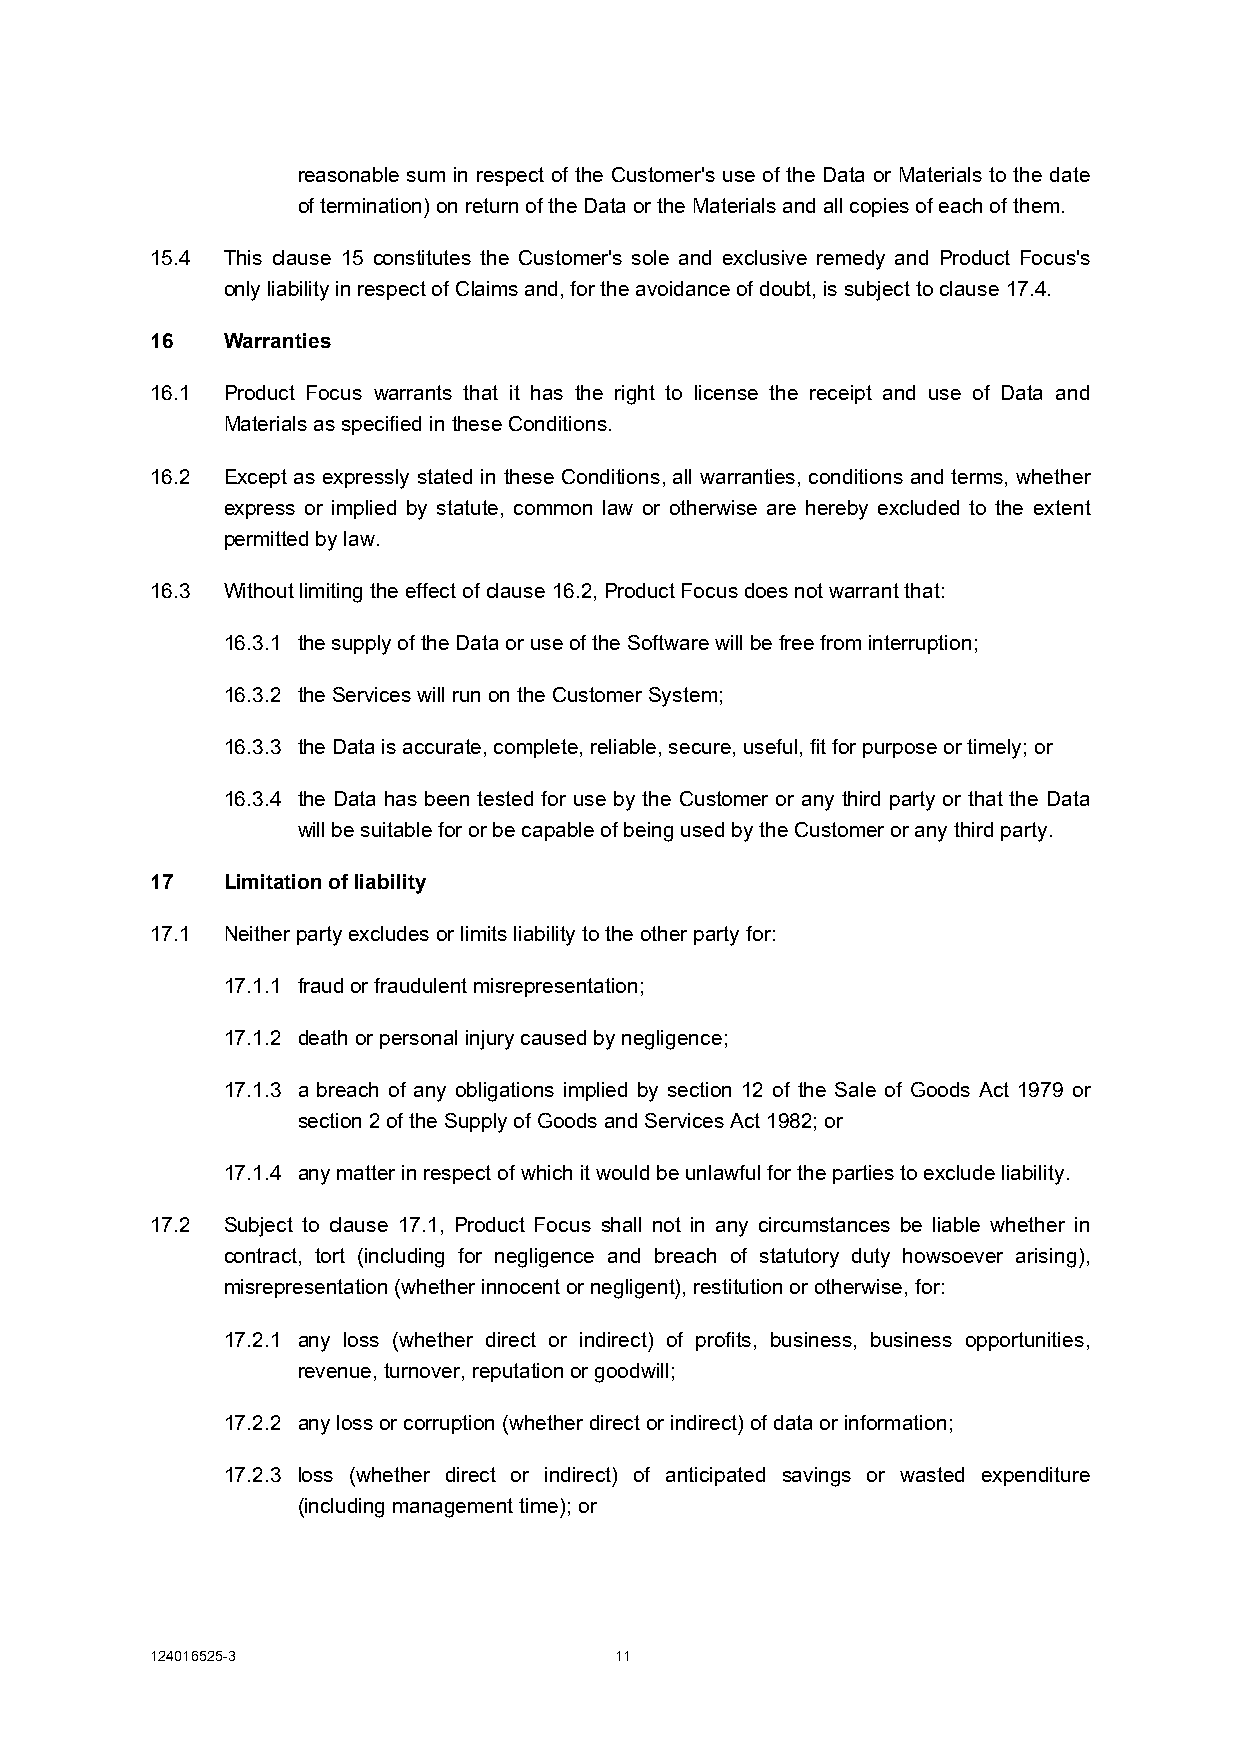
reasonable sum in respect of the Customer's use of the Data or Materials to the date
 of termination) on return of the Data or the Materials and all copies of each of them.
 15.4 This clause 15 constitutes the Customer's sole and exclusive remedy and Product Focus's
 only liability in respect of Claims and, for the avoidance of doubt, is subject to clause 17.4.
 16   Warranties
 16.1 Product Focus warrants that it has the right to license the receipt and use of Data and
 Materials as specified in these Conditions.
 16.2 Except as expressly stated in these Conditions, all warranties, conditions and terms, whether
 express or implied by statute, common law or otherwise are hereby excluded to the extent
 permitted by law.
 16.3 Without limiting the effect of clause 16.2, Product Focus does not warrant that:
 16.3.1 the supply of the Data or use of the Software will be free from interruption;
 16.3.2 the Services will run on the Customer System;
 16.3.3 the Data is accurate, complete, reliable, secure, useful, fit for purpose or timely; or
 16.3.4 the Data has been tested for use by the Customer or any third party or that the Data
 will be suitable for or be capable of being used by the Customer or any third party.
 17   Limitation of liability
 17.1 Neither party excludes or limits liability to the other party for:
 17.1.1 fraud or fraudulent misrepresentation;
 17.1.2 death or personal injury caused by negligence;
 17.1.3 a breach of any obligations implied by section 12 of the Sale of Goods Act 1979 or
 section 2 of the Supply of Goods and Services Act 1982; or
 17.1.4 any matter in respect of which it would be unlawful for the parties to exclude liability.
 17.2 Subject to clause 17.1, Product Focus shall not in any circumstances be liable whether in
 contract, tort (including for negligence and breach of statutory duty howsoever arising),
 misrepresentation (whether innocent or negligent), restitution or otherwise, for:
 17.2.1 any loss (whether direct or indirect) of profits, business, business opportunities,
 revenue, turnover, reputation or goodwill;
 17.2.2 any loss or corruption (whether direct or indirect) of data or information;
 17.2.3 loss (whether direct or indirect) of anticipated savings or wasted expenditure
 (including management time); or
 124016525-3                    11